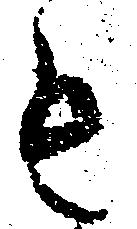
も